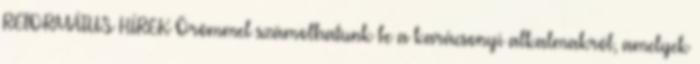
REFORMÁTUS HÍREK Örömmel számolhatunk be a karácsonyi alkalmakról, amelyek